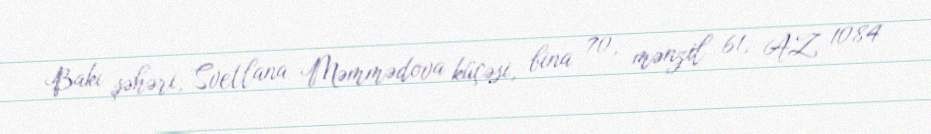
Bakı şəhəri, Svetlana Məmmədova küçəsi, bina 70, mənzil 61, AZ 1084